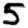
Digit: 5